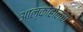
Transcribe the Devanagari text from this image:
आल्कोहोलचा